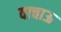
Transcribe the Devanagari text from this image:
वाचाऊ